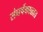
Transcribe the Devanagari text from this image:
संघर्षकाळात